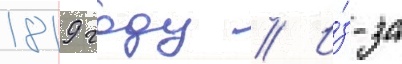
1819 году // И́з-за